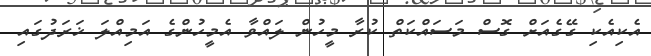
އެކިއެކި ގޭގެއަށް ގޮސް މަސައްކަތް ކުރާ މީހުން ލައްވާ އެމީހުންގެ އަމިއްލަ ޚަރަދުގައި